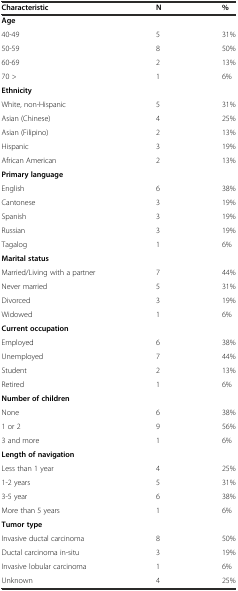
| Characteristic | N | % |
 | --- | --- | --- |
 | Age |  |  |
 | 40-49 | 5 | 31% |
 | 50-59 | 8 | 50% |
 | 60-69 | 2 | 13% |
 | 70 > | 1 | 6% |
 | Ethnicity |  |  |
 | White, non-Hispanic | 5 | 31% |
 | Asian (Chinese) | 4 | 25% |
 | Asian (Filipino) | 2 | 13% |
 | Hispanic | 3 | 19% |
 | African American | 2 | 13% |
 | Primary language |  |  |
 | English | 6 | 38% |
 | Cantonese | 3 | 19% |
 | Spanish | 3 | 19% |
 | Russian | 3 | 19% |
 | Tagalog | 1 | 6% |
 | Marital status |  |  |
 | Married/Living with a partner | 7 | 44% |
 | Never married | 5 | 31% |
 | Divorced | 3 | 19% |
 | Widowed | 1 | 6% |
 | Current occupation |  |  |
 | Employed | 6 | 38% |
 | Unemployed | 7 | 44% |
 | Student | 2 | 13% |
 | Retired | 1 | 6% |
 | Number of children |  |  |
 | None | 6 | 38% |
 | 1 or 2 | 9 | 56% |
 | 3 and more | 1 | 6% |
 | Length of navigation |  |  |
 | Less than 1 year | 4 | 25% |
 | 1-2 years | 5 | 31% |
 | 3-5 year | 6 | 38% |
 | More than 5 years | 1 | 6% |
 | Tumor type |  |  |
 | Invasive ductal carcinoma | 8 | 50% |
 | Ductal carcinoma in-situ | 3 | 19% |
 | Invasive lobular carcinoma | 1 | 6% |
 | Unknown | 4 | 25% |